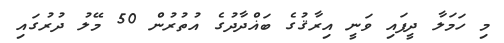
މި ހަމަލާ ދީފައި ވަނީ އިރާޤުގެ ބަޣްދާދުގެ އުތުރުން 50 މޭލު ދުރުގައި